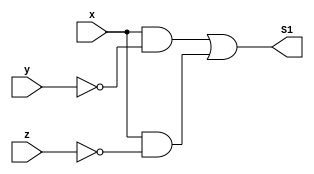
/**
 * @file Guia_0605.v
 * @author 784778 - Wallace Freitas Oliveira (https://github.com/Olivwallace)
 * @brief Guia 06 Exercicio 05 - Arquitetura de Computadores I (PUC-Minas 1/2023)
 * @date 12-03-2023
 */

module Questao(output S1, input x, y, z);
    assign S1 = (x & ~y) | (x & ~z);
endmodule

`timescale 1ps/1ps

 module Guia_0605;
 reg x, y, z;
    wire s1;

    //Instanciamento
    Questao S (s1, x, y, z);

    //Inicializacao de Valores
    initial begin
        x = 1'b0; y = 1'b0; z = 1'b0;
    end

    //Principal
    initial begin : main
        
        
        $display("Teste Guia_0605 - Tabela Verdade De Expressao  Obtida - Mapa Veitch-Karnaugh");
        
        //Questao B;
        $display("\nExpressao(MINTERMOS): S(m)( 4, 5, 6 ) = (xy') + (xz')\n");
        
        //Monitoramento
        $display("|  x  y  z |  S  |");
        $monitor("| %2b %2b %2b | %2b  |", x, y, z, s1);

         //Sinalizacao
        #1 x=0; y=0; z=0; //0
        #1 x=0; y=0; z=1; //1
        #1 x=0; y=1; z=0; //2
        #1 x=0; y=1; z=1; //3
        #1 x=1; y=0; z=0; //4
        #1 x=1; y=0; z=1; //5
        #1 x=1; y=1; z=0; //6
        #1 x=1; y=1; z=1; //7
    end

 endmodule